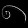
Digit: ၈